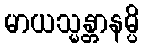
မာယသ္မန္တာနမ္ပိ